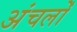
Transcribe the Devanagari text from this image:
अंचलोँ